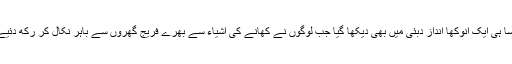
ایسا ہی ایک انوکھا انداز دبئی میں بھی دیکھا گیا جب لوگوں نے کھانے کی اشیاء سے بھرے فریج گھروں سے باہر نکال کر رکھ دئیے۔